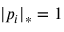
| p _ { i } | _ { * } = 1